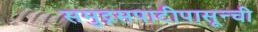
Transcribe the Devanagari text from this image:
समुद्रसपाटीपासून्ची